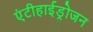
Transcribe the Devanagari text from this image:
एंटीहाईड्रोजन